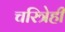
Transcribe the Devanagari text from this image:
चरित्रेही